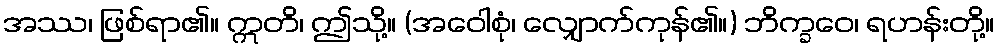
အဿ၊ ဖြစ်ရာ၏။ ဣတိ၊ ဤသို့။ (အဝေါစုံ၊ လျှောက်ကုန်၏။) ဘိက္ခဝေ၊ ရဟန်းတို့။